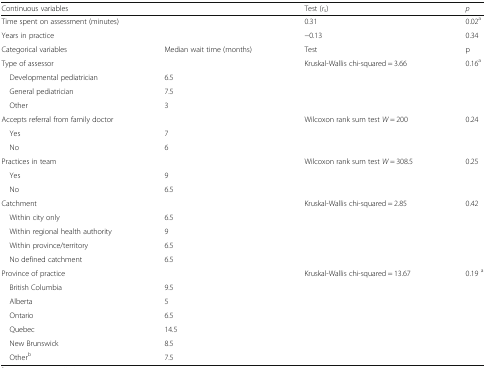
<table><thead><tr><td colspan="2"><b>Continuous variables</b></td><td><b>Test (<i>r</i><sub>s</sub>)</b></td><td><b><i>p</i></b></td></tr></thead><tbody><tr><td colspan="2">Time spent on assessment (minutes)</td><td>0.31</td><td>0.02<sup>a</sup></td></tr><tr><td colspan="2">Years in practice</td><td>−0.13</td><td>0.34</td></tr><tr><td>Categorical variables</td><td>Median wait time (months)</td><td>Test</td><td>p</td></tr><tr><td colspan="2">Type of assessor</td><td rowspan="4">Kruskal-Wallis chi-squared = 3.66</td><td rowspan="4">0.16<sup>a</sup></td></tr><tr><td> Developmental pediatrician</td><td>6.5</td></tr><tr><td> General pediatrician</td><td>7.5</td></tr><tr><td> Other</td><td>3</td></tr><tr><td colspan="2">Accepts referral from family doctor</td><td rowspan="3">Wilcoxon rank sum test <i>W</i> = 200</td><td rowspan="3">0.24</td></tr><tr><td> Yes</td><td>7</td></tr><tr><td> No</td><td>6</td></tr><tr><td colspan="2">Practices in team</td><td rowspan="3">Wilcoxon rank sum test <i>W</i> = 308.5</td><td rowspan="3">0.25</td></tr><tr><td> Yes</td><td>9</td></tr><tr><td> No</td><td>6.5</td></tr><tr><td colspan="2">Catchment</td><td rowspan="5">Kruskal-Wallis chi-squared = 2.85</td><td rowspan="5">0.42</td></tr><tr><td> Within city only</td><td>6.5</td></tr><tr><td> Within regional health authority</td><td>9</td></tr><tr><td> Within province/territory</td><td>6.5</td></tr><tr><td> No defined catchment</td><td>6.5</td></tr><tr><td colspan="2">Province of practice</td><td rowspan="7">Kruskal-Wallis chi-squared = 13.67</td><td rowspan="7">0.19 <sup>a</sup></td></tr><tr><td> British Columbia</td><td>9.5</td></tr><tr><td> Alberta</td><td>5</td></tr><tr><td> Ontario</td><td>6.5</td></tr><tr><td> Quebec</td><td>14.5</td></tr><tr><td> New Brunswick</td><td>8.5</td></tr><tr><td> Other<sup>b</sup></td><td>7.5</td></tr></tbody></table>